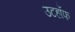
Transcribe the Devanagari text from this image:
उटहॉफ